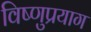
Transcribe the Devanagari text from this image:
विष्‍णुप्रयाग